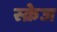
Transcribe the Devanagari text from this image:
स्क्रेज